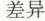
差异